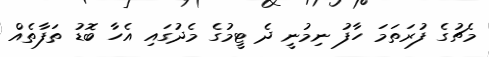
މެޗުގެ ފުރަތަމަ ހާފު ނިމުނީ ދެ ޓީމުގެ މެދުގައި އެހާ ބޮޑު ތަފާތެއް